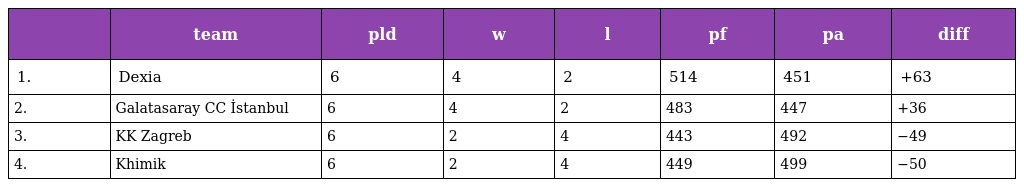
|  | team | pld | w | l | pf | pa | diff |
 | --- | --- | --- | --- | --- | --- | --- | --- |
 | 1. | Dexia | 6 | 4 | 2 | 514 | 451 | +63 |
 | 2. | Galatasaray CC İstanbul | 6 | 4 | 2 | 483 | 447 | +36 |
 | 3. | KK Zagreb | 6 | 2 | 4 | 443 | 492 | −49 |
 | 4. | Khimik | 6 | 2 | 4 | 449 | 499 | −50 |